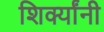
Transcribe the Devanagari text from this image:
शिर्क्यांनी